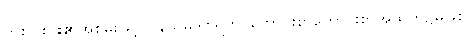
တစ်ပါးပါး၏အစွမ်းဖြင့်။ (နသမုဒါစရတိ၊ ကောင်းစွာကောင်းစွာအထက်၌မဖြစ်)